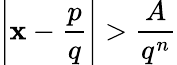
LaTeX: \left|\mathbf{x}-{\frac{{p}}{{q}}}\right|>{\frac{{A}}{{q^{n}}}}